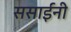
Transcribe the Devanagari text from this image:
ससाईंनी